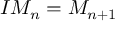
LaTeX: I M _ { n } = M _ { n + 1 }